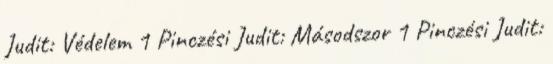
Judit: Védelem 1 Pinczési Judit: Másodszor 1 Pinczési Judit: